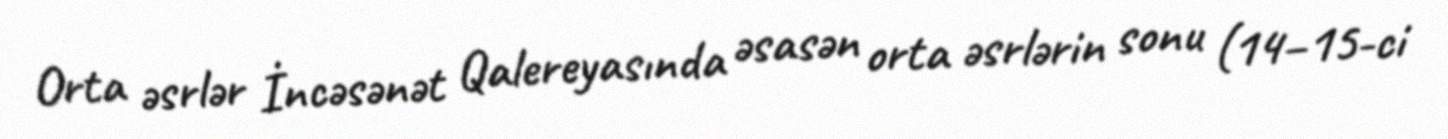
Orta əsrlər İncəsənət Qalereyasında əsasən orta əsrlərin sonu (14–15-ci